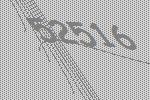
52516